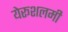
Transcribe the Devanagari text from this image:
येरूशलमी